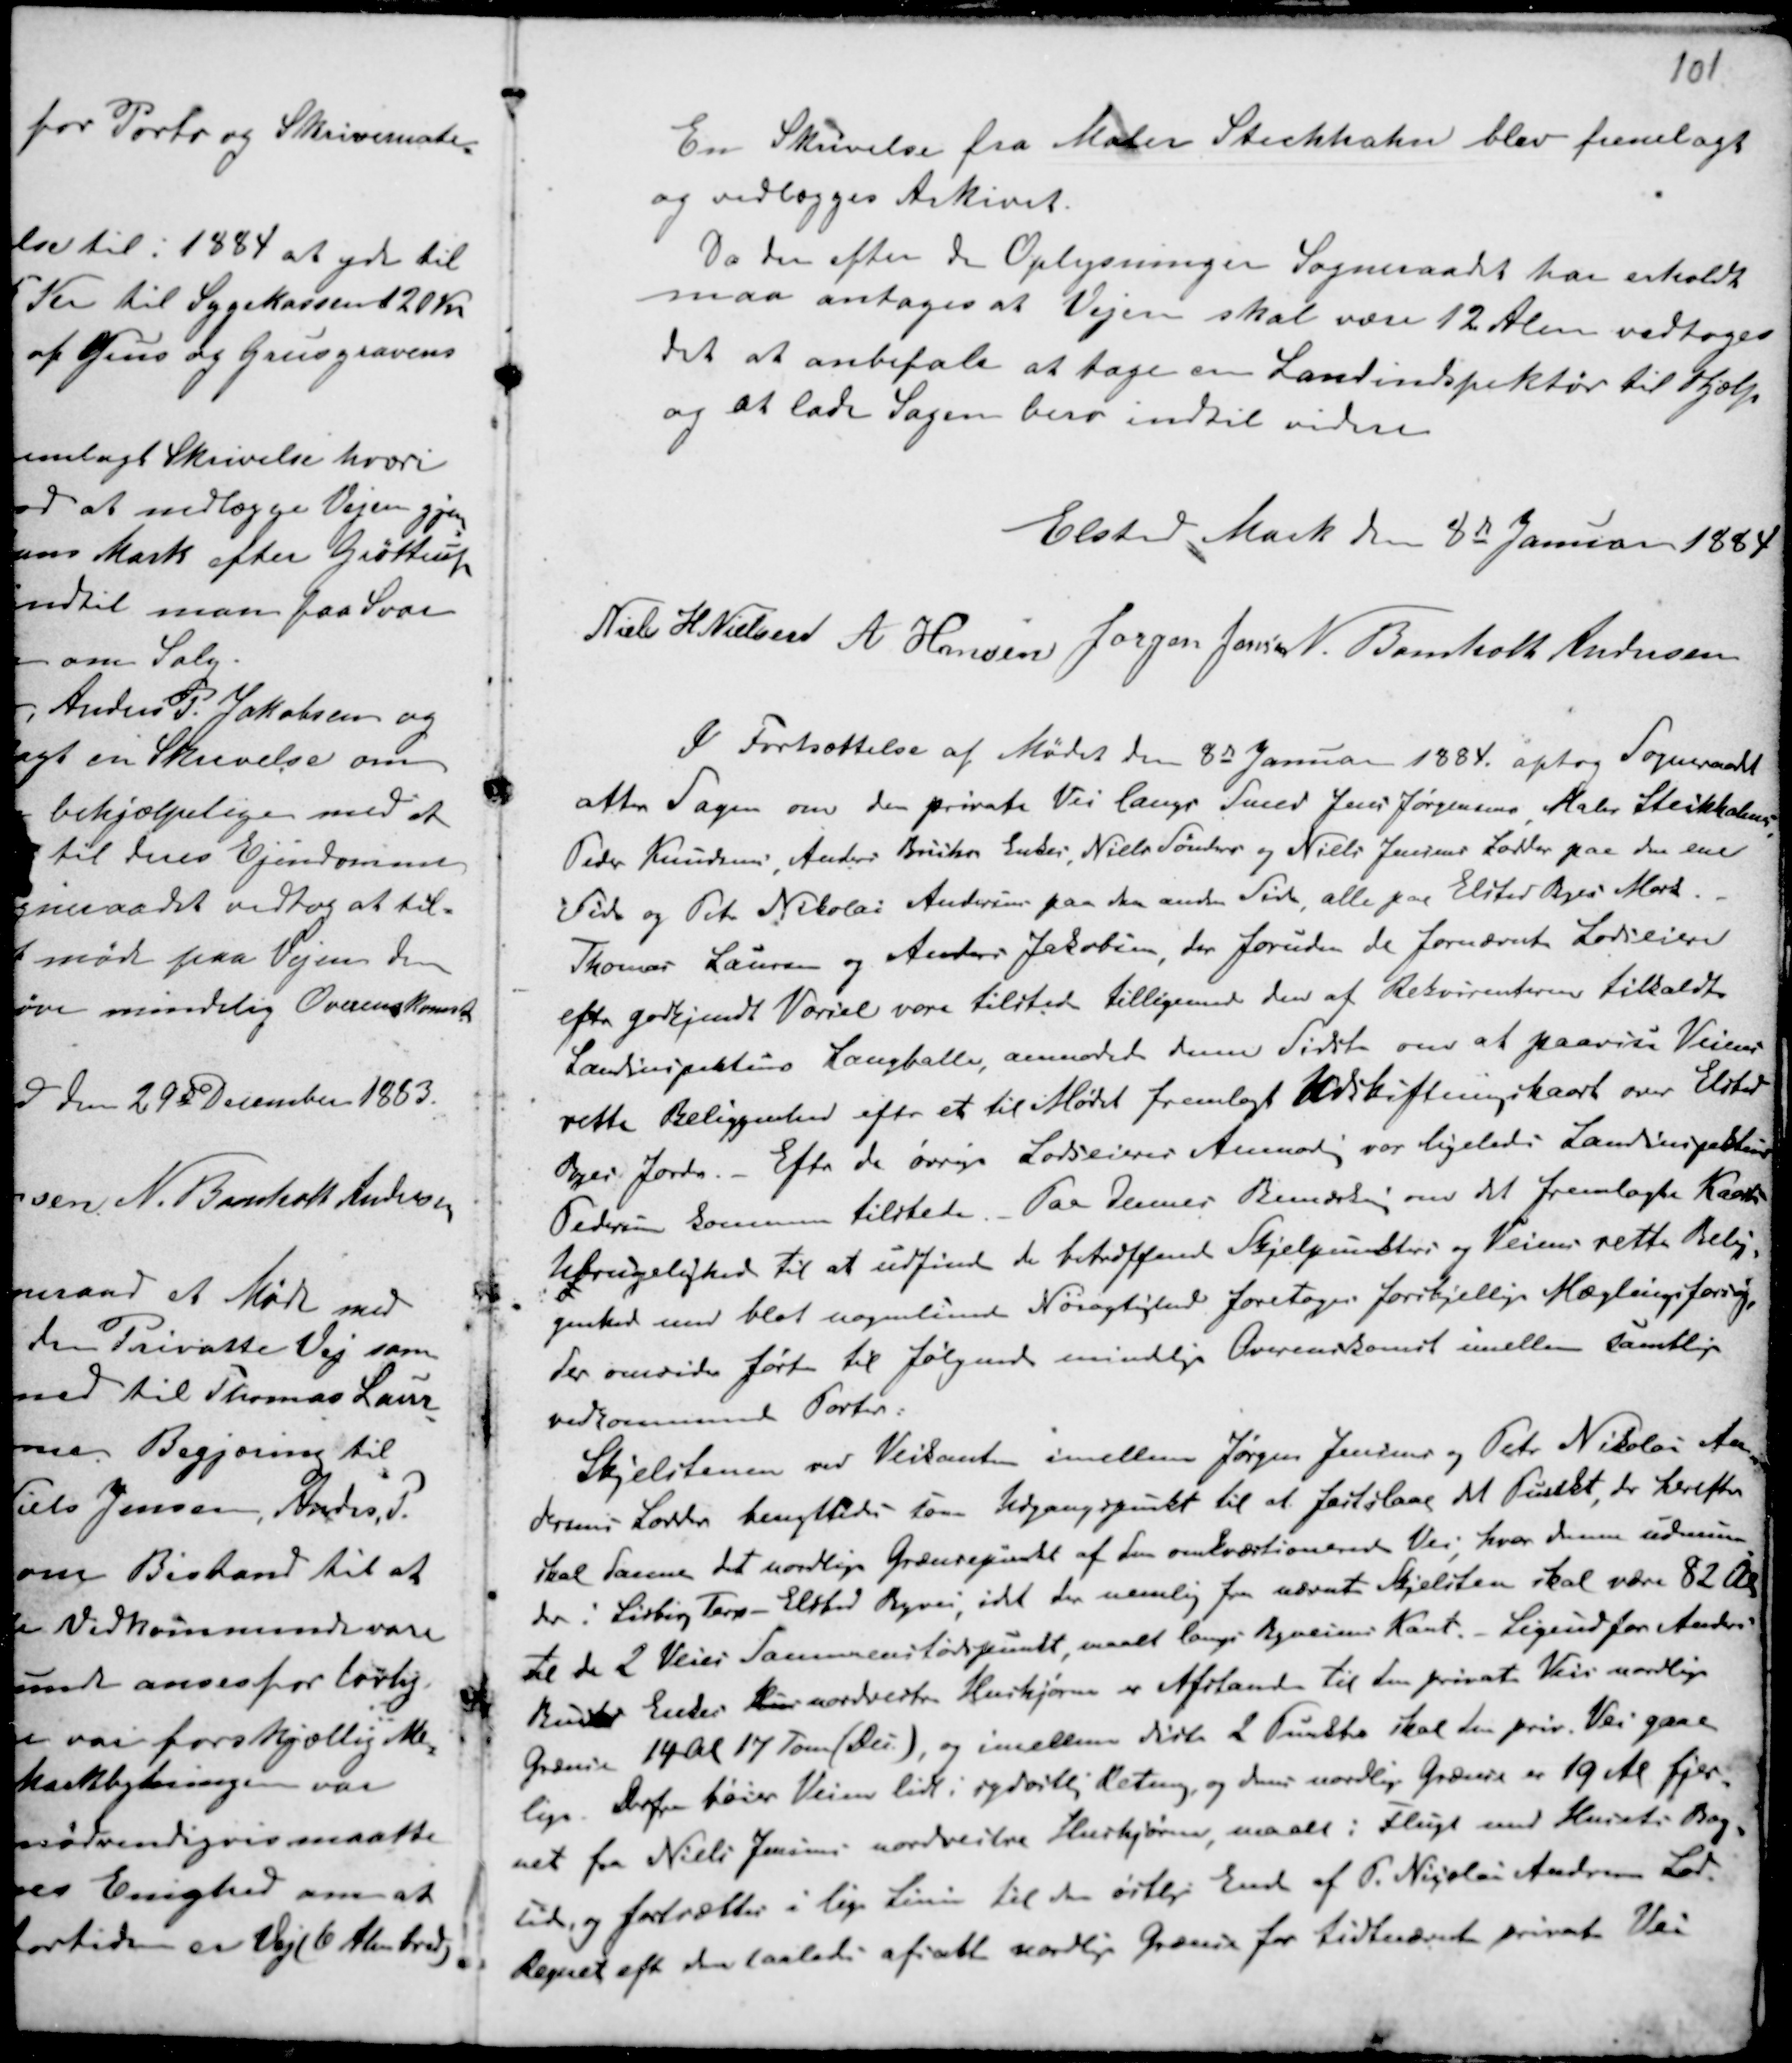
Transskription:
En Skrivelse fra Maler Steckhahn blev fremlagt
og vedlægges Arkivet.
Da der efter de Oplysninger Sogneraadet har erholdt
maa antages at Vejen skal være 12 Alen vedtoges
det at anbefale at tage en Landindspektør til Hjælp
og at lade Sagen bero indtil videre

Elsted Mark den 8de Januar 1884
Niels H Nielsen A Hansen Jørgen Jensen N. Bomholt Andersen

I Fortsættelse af Mødet den 8de Januar 1884 optog Sogneraadet
atter Sagen om den private Vei langs Smed Jens Jørgensens, Maler Steckhahns
Peder Knudsens, Anders Briiks Enkes,
og Niels Sønders og Niels Jensens lodder paa den ene
Side og Peter Nikolai
Andersens paa den anden Side, alle paa Elsted Byes Mark. -
Thomas Laursen og Anders Jakobsen, der foruden de førnævnte Lodseiere
efter godkjendt Varsel vare tilstede tilligemed den af Rekvirenterne tilkaldte
Landinspektuer Langballe, anmodede denn Sidste om at paavise Veiens
rette Beliggenhed efter et til Mødet fremlagt Udskriftningskort over Elsted
Byes Jorder. - Efter de øvrige Lodseieres Anmods var ligeledes Landinspektuer
Pedersen Sommer tilstede. - Paa dennes Bemærkn om det fremlagte Korts
ubrugelighed til at udfinde de betruffende Skjelpunkter og Veiens rette Belig-
genhed med blot nogenlunde Nøiagtighed foretoges forskjellige Mælingsforsøg,
der omsider førte til følgende mindelige Overenskomst imellem samtlige
vedkommende Parter:
Skjelstenen ved Veikanten imellem Jørgen Jensens og Peter Nikolai An-
dersens Lodder benyttedes som Udgangspunkt til at fastslaae M Punkt, der herefter
skal favne det nordlige Grænsepunkt af den omkoortionerede Vei, hvor denne udmun-
der i Lisberg Terp - Elsted Veien, idet der nemlig for nævnte Skjelsten skal være 82 Al
til de 2 Veies Sammenstødspunkt, maalt langs Byveiens Kant. - Ligeud for Anders
Bucks Enkes Hus nordvestre Hushjørne er afstanden til den private Veis nordlige
Grænse 14 Al 17 Tom (Au), og imellem disse 2 Punkter skal den pri. Vei gaae
ligs. Derfra fører Veien lidt i sydøstlig Retning og den nordlige Grænse er 19 Al fjer-
net fra Niels Jensens nordvestre Hushjørne, maalt i Flugt med Husets Bag-
side og fortsætter i lige Linie til den øster Ende af P. Nikolai Andersens Lod.
Regnet efter den saaledes afsatt nordlige Grænse for tidtnævnt private Vei